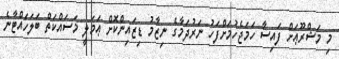
މި މަޝްރޫޢަށް ފައިސާ ހަމަޖެހުމަށްފަހު ނަރުދަމާގެ ނިޒާމު ޑިޒައިންކޮށް ޢަމަލީ މަސައްކަތް ބަލަހައްޓާނެ